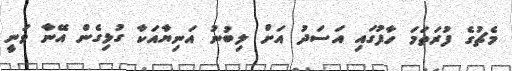
މެޗުގެ ފުރަތަމަ ހާފުގައި އަސަދު އަށް ލިބުނު އަނިޔާއަކާ ގުޅިގެން އޭނާ ވަނީ